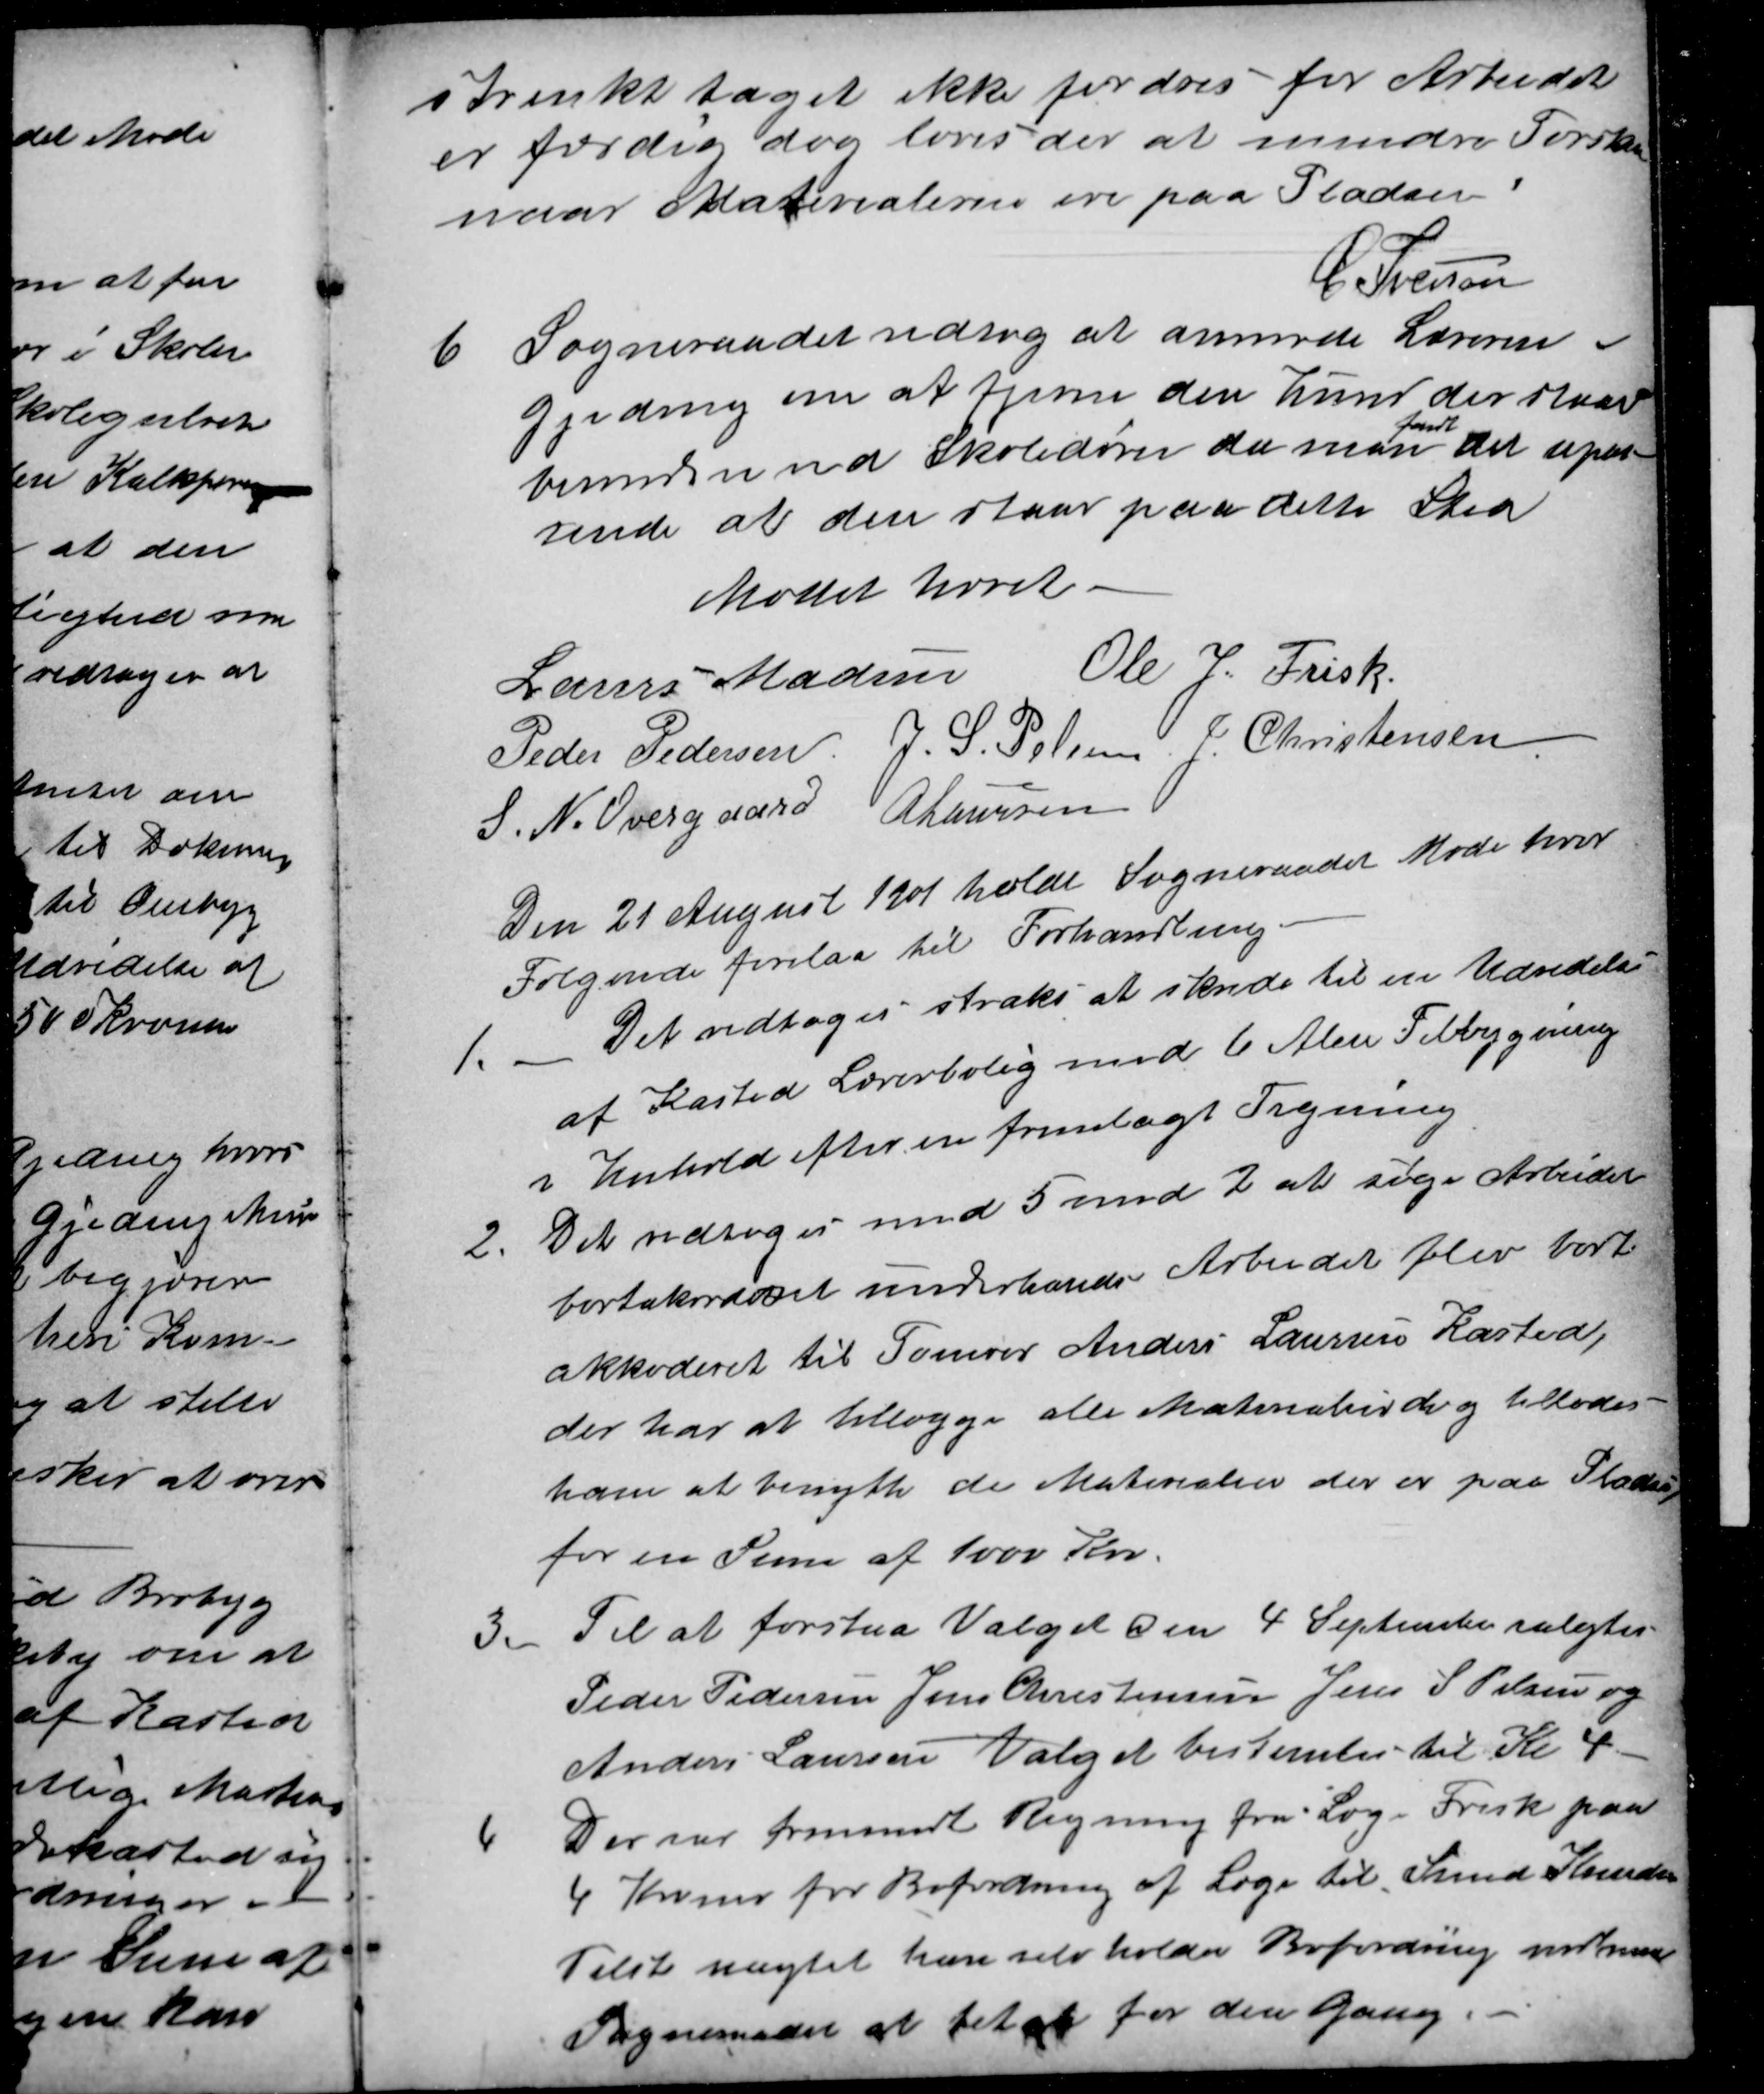
Transskription:
strenkt taget ikke fordres før Arbeidet
er færdig dog loves der et mindre Forskud
naar Materialerne ere paa Pladsen
C. Iversen
6
Sogneraadet vedtog at anmode Læreren i
Gjeding om at fjerne den Hund der staar
bunden ved Skoledøren da man 
fandt
det upas-
sende at den staar paa dette Sted
Mødet hævet.
Laurs Madsen Ole J. Frisk
Peder Pedersen J. S. Pelsen J Christensen
S. N. Overgaard A Laursen
Den 21 August 1901 holdt Sogneraadet Møde hvor
Følgende forelaa til Forhandling.
1. Det vedtoges straks at skride til en Udvidelse
af Kasted Lærerbolig med 6 Alen Tilbygning
i Henhold efter en fremlagt Tegning
2
Det vedtoges med 5 mod 2 at søge Arbeidet
bortakordet underhands Arbejdet blev bort
akkoderet til Tømrer Anders Laursen Kasted,
der har at tillægge alle Materialier der og tillodes
ham at benytte de Materialier der er paa Pladsen
for en Sum af 1000 Kr.
3.
Til at forstaa Valget den 4 September valgtes
Peder Pedersen Jens Christensen Jens S Pelsen og
Anders Laursen Valget bestemtes til Kl 4.
4
Der var fremsendt Regning fra Læge Frisk paa
4 Kroner for Befordning af Læge til Smed Knudsen
Tilst uagtet han selv holder Befordring indvissen
Sogneraadet at betale for den Gang.